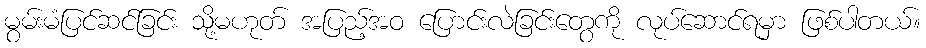
မွမ်းမံပြင်ဆင်ခြင်း သို့မဟုတ် အပြည့်အဝ ပြောင်းလဲခြင်းတွေကို လုပ်ဆောင်ရမှာ ဖြစ်ပါတယ်။